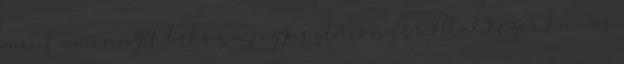
mint amennyit behoz a fogyasztáson évi 20-25 ezer km-es